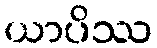
ယာပိဿ